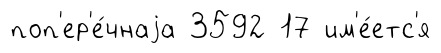
поп'ер'е́чнаjа 3592 17 им'е́етс'я